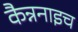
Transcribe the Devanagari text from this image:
कैन्ननाइच